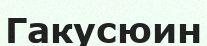
Гакусюин